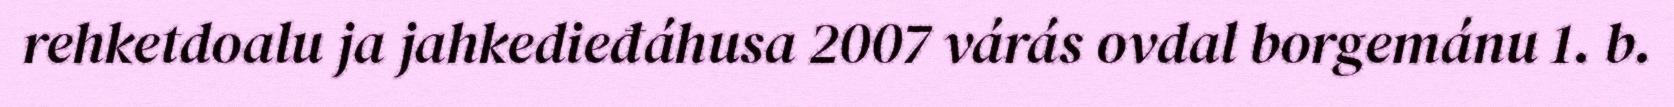
rehketdoalu ja jahkedieđáhusa 2007 várás ovdal borgemánu 1. b.